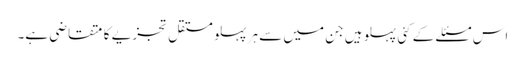
اس مسئلے کے کئی پہلو ہیں جن میں سے ہر پہلو مستقل تجزیے کا متقاضی ہے۔